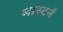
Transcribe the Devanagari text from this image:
मास्टर्न